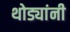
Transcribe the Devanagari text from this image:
थोड्यांनी